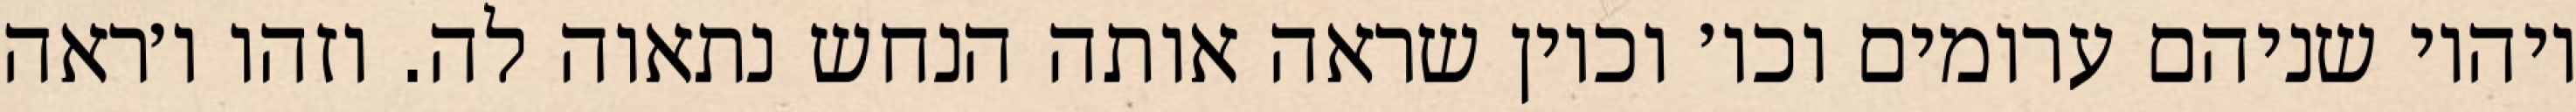
ויהיו שניהם ערומים וכו׳ וכיון שראה אותה הנחש נתאוה לה. וזהו ו׳ראה